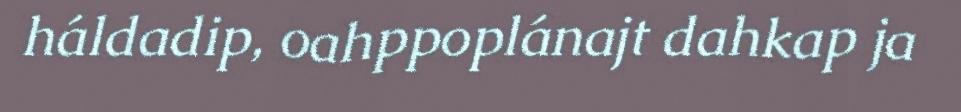
háldadip, oahppoplánajt dahkap ja